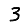
Digit: 3